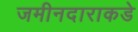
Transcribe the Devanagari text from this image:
जमीनदाराकडे